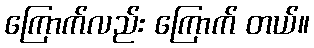
ကြောက်လည်း ကြောက် တယ်။